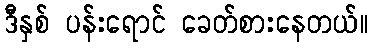
ဒီနှစ် ပန်းရောင် ခေတ်စားနေတယ်။